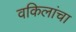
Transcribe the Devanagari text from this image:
वकिलांचा